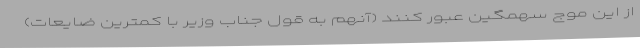
از این موج سهمگین عبور کنند (آنهم به قول جناب وزیر با کمترین ضایعات)